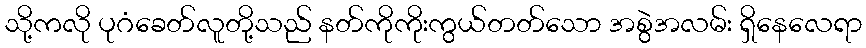
သို့ကလို ပုဂံခေတ်လူတို့သည် နတ်ကိုကိုးကွယ်တတ်သော အစွဲအလမ်း ရှိနေလေရာ